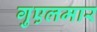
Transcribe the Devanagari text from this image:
गुएलमार